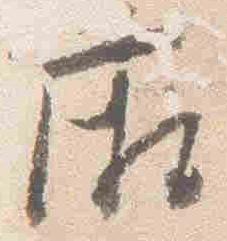
廂